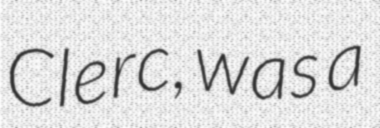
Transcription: Clerc, was a